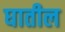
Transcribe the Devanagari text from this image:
घातील